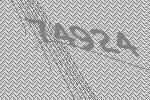
74924